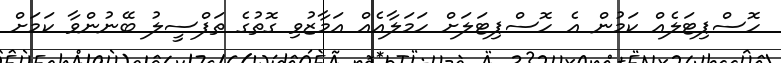
ހޮސްޕިޓަލެއް ކަމުން އެ ހޮސްޕިޓަލަށް ހަމަލާއެއް އަމާޒުވި ގޮތުގެ ތަފްސީލު ބޭނުންވާ ކަމަށް